Vaccination in Burma 1920-1933 - 1920-1933
Year: 1920
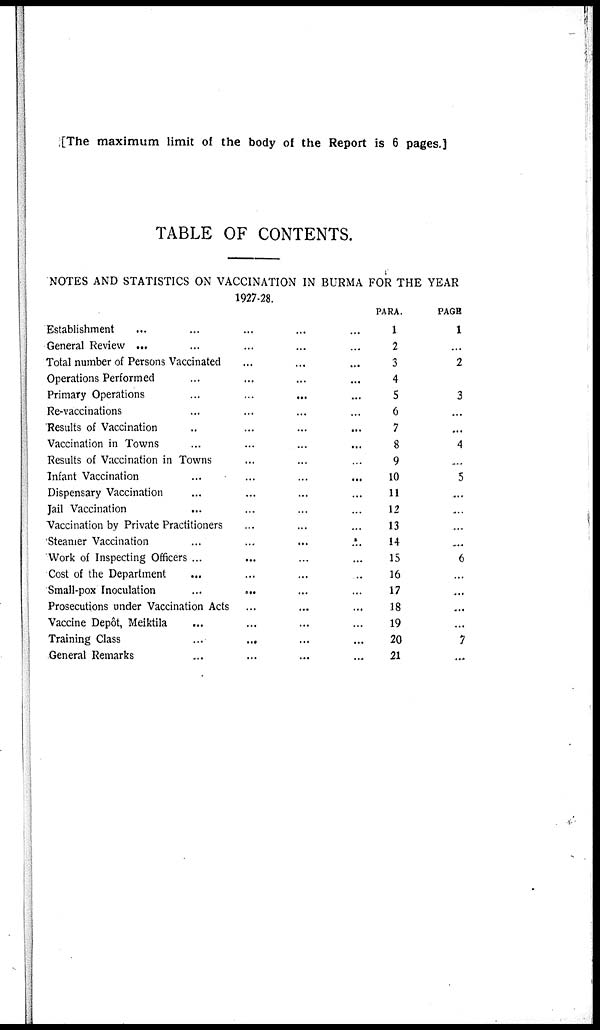
[The maximum limit of the body of the Report is 6 pages.]
TABLE OF CONTENTS.
NOTES AND STATISTICS ON VACCINATION IN BURMA FOR THE YEAR
1927-28.
Establishment
... ... ... ... ...
General Review ... ... ... ... ...
Total number of Persons Vaccinated ... ... ...
Operations Performed ... ... ... ... ...
Primary Operations ... ... ... ... ...
Re-vaccinations ... ... ... ... ...
Results of Vaccination ... ... ... ... ...
Vaccination in Towns ... ... ... ... ...
Results of Vaccination in Towns ... ... ... ...
Infant Vaccination
...
...
...
... ...
Dispensary Vaccination ... ... ... ... ...
Jail Vaccination ... ... ... ... ...
Vaccination by Private Practitioners ... ... ...
Steamer Vaccination
...
...
...
...
Work of Inspecting Officers ... ... ... ...
Cost of the Department ... ... ... ...
Small-pox Inoculation
...
... ... ...
Prosecutions under Vaccination Acts ... ... ...
Vaccine Depôt, Meiktila ... ... ... ...
Training Class
...
... ... ...
General Remarks ... ... ... ...
PARA.
1
2
3
4
5
6
7
8
9
10
11
12
13
14
15
16
17
18
19
20
21
PAGE
1
...
2
3
...
...
4
...
5
...
...
...
...
6
...
...
...
...
7
...